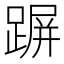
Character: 𨂲